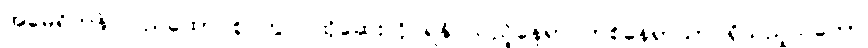
အမေရိကန် ပြည်ထောင်စု တွင် ထိုဆေးကို ရနိုင်သည့်နေရာ တစ်နေရာသာ ရှိသည့်သဘော